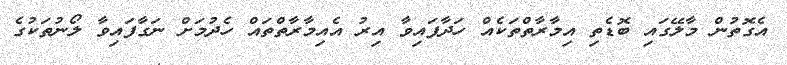
އެގޮތުން މާލޭގައި ބޮޑެތި އިމާރާތްތަކެއް ހަދާފައިވާ އިރު އެއިމާރާތްތައް ހެދުމަށް ނަގާފައިވާ ލޯނުތަކުގެ